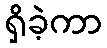
ရှိခဲ့ကာ